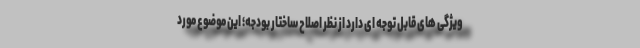
ویژگی های قابل توجه ای دارد از نظر اصلاح ساختار بودجه؛ این موضوع مورد